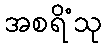
အစရိံသု